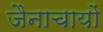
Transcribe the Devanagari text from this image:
जैनाचायों